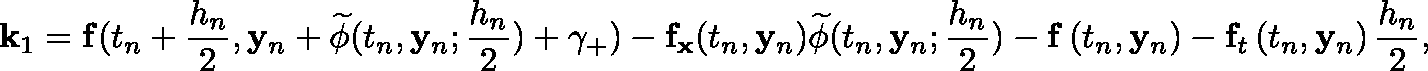
\mathbf { k } _ { 1 } = \mathbf { f } ( t _ { n } + { \frac { h _ { n } } { 2 } } , \mathbf { y } _ { n } + { \widetilde { \mathbf { \phi } } } ( t _ { n } , \mathbf { y } _ { n } ; { \frac { h _ { n } } { 2 } } ) + \gamma _ { + } ) - \mathbf { f } _ { \mathbf { x } } ( t _ { n } , \mathbf { y } _ { n } ) { \widetilde { \mathbf { \phi } } } ( t _ { n } , \mathbf { y } _ { n } ; { \frac { h _ { n } } { 2 } } ) - \mathbf { f } \left( t _ { n } , \mathbf { y } _ { n } \right) - \mathbf { f } _ { t } \left( t _ { n } , \mathbf { y } _ { n } \right) { \frac { h _ { n } } { 2 } } ,